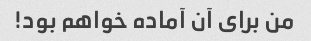
من برای آن آماده خواهم بود!